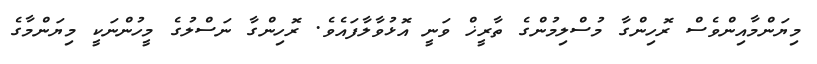
މިޔަންމާއިންވެސް ރޮހިންގާ މުސްލިމުންގެ ތާރީޚް ވަނީ އޮޅުވާލާފައެވެ. ރޮހިންގާ ނަސްލުގެ މީހުންނަކީ މިޔަންމާގެ